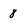
Character: 8